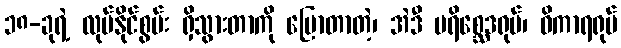
၁၈-ခုရဲ့ လုပ်နိုင်စွမ်း ရှိသွားတာကို ပြောတာတဲ့၊ အဲဒီ ပရိစ္ဆေဒရုပ်၊ ဝိကာရရုပ်